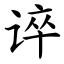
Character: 谇